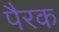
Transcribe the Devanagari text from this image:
पैरक